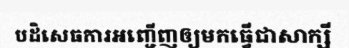
បដិសេធការអញ្ជើញឲ្យមកធ្វើជាសាក្សី